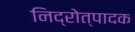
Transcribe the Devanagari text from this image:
निद्रोत्पादक